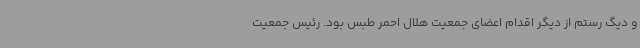
و دیگ رستم از دیگر اقدام اعضای جمعیت هلال احمر طبس بود. رئیس جمعیت